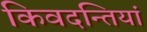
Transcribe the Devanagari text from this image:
किवदन्तियां